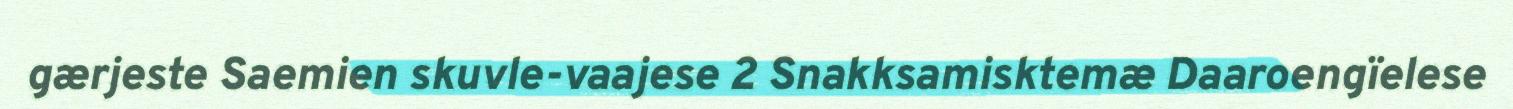
gærjeste Saemien skuvle-vaajese 2 Snakksamisktemæ Daaroengïelese